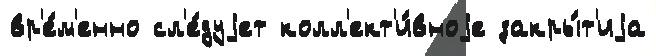
вр'е́м'енно сл'е́дуjет колл'ект'и́вноjе закры́т'иjа